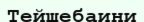
Тейшебаини